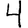
Digit: 4